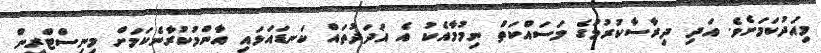
މިއަދުކަމަށެވެ. އަދި ދިރާސާކުރުމުގެ މަސައްކަތް ނިމުމާއެކު އެ އަދަދުތައް ކަނޑައަޅައި އާންމުކުރާނެކަމަށް މިނިސްޓްރީން